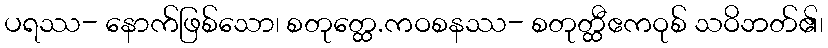
ပရဿ- နောက်ဖြစ်သော၊ စတုတ္ထေ.ကဝစနဿ- စတုတ္ထီဧကဝုစ် သဝိဘတ်၏၊